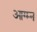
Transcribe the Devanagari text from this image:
आग्म्न